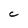
Character: C